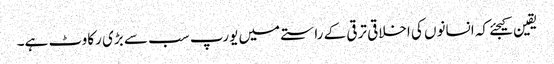
یقین کیجئے کہ انسانوں کی اخلاقی ترقی کے راستے میں یورپ سب سے بڑی رکاوٹ ہے۔